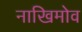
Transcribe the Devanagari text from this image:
नाखिमोव